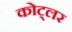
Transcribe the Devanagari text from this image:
कोट्लर